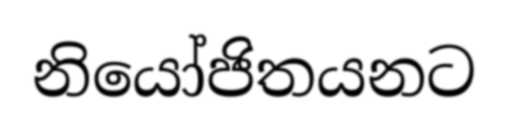
නියෝජිතයනට